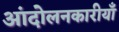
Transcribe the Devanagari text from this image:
आंदोलनकारीयाँ